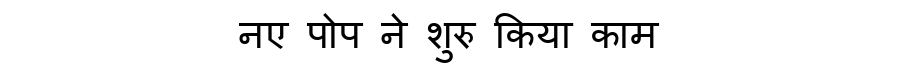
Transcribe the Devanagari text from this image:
नए पोप ने शुरु किया काम